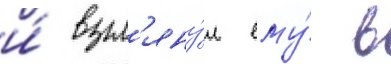
и́ взгл'яну́л ему́ в